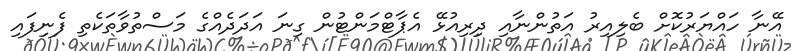
އޭނާ ހައްޔަރުކޮށް ބެލިއިރު އަތުންނާއި ދިރިއުޅޭ އެޕާޓްމަންޓުން ގިނަ އަދަދެއްގެ މަސްތުވާތަކެތި ފެނިފައި